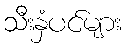
သီးနှံပင်များ